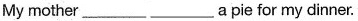
My mother ___ ___ a pie for my dinner.